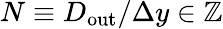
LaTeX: N\equiv D_{\mathrm{out}}/\Delta y\in\mathbb{Z}